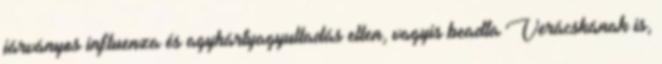
járványos influenza és agyhártyagyulladás ellen, vagyis beadta Verácskának is,